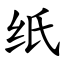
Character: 纸